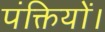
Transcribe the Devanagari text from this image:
पंक्तियों।